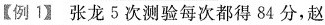
【例1】张龙5次测验每次都得84分，赵